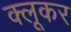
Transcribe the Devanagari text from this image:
क्लूकर